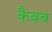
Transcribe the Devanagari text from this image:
कैबब